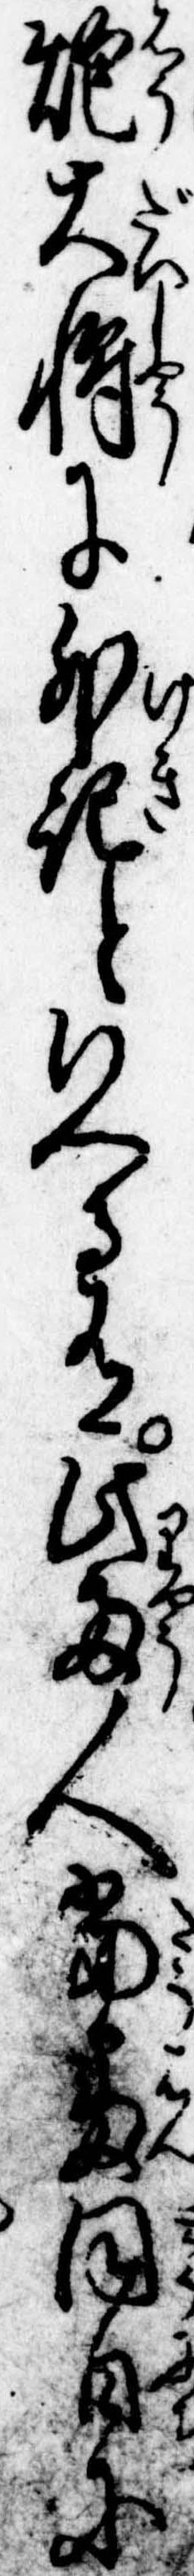
炮大将に外記といへる有此両人当番同日に